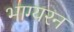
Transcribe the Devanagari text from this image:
भाग्यरन